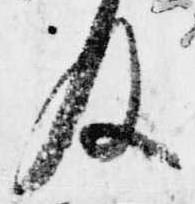
及